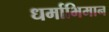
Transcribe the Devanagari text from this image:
धर्माभिमान